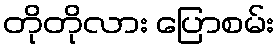
တိုတိုလား ပြောစမ်း